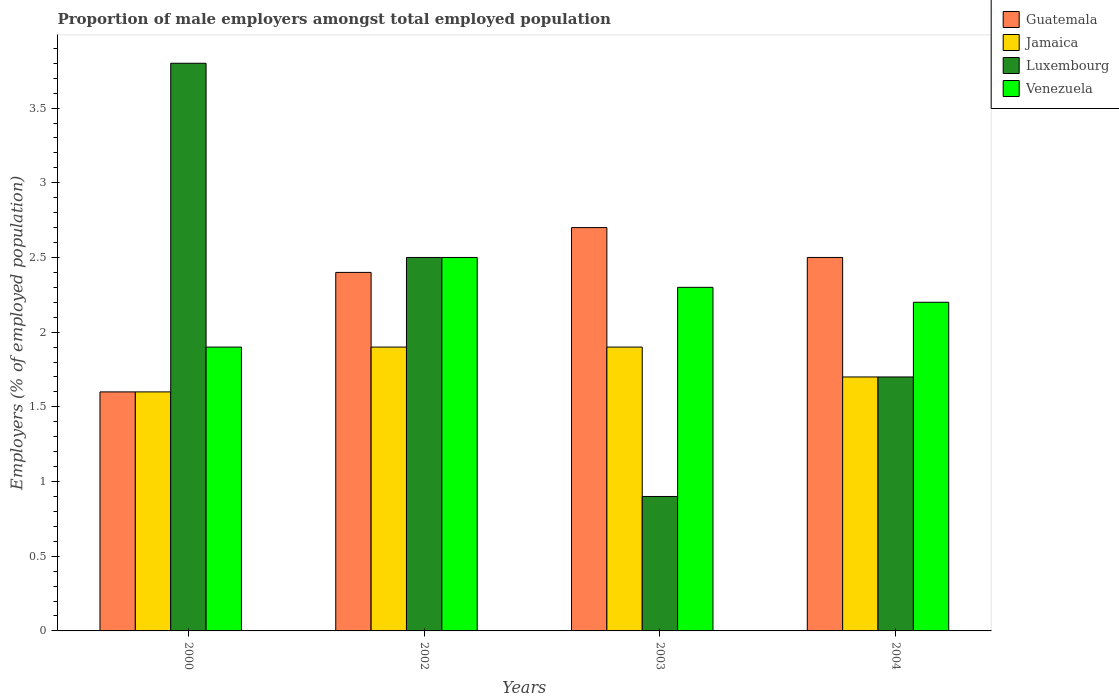
| Years | Guatemala | Jamaica | Luxembourg | Venezuela |
 | --- | --- | --- | --- | --- |
 | 2000 | 1.6 | 1.6 | 3.8 | 1.9 |
 | 2002 | 2.4 | 1.9 | 2.5 | 2.5 |
 | 2003 | 2.7 | 1.9 | 0.9 | 2.3 |
 | 2004 | 2.5 | 1.7 | 1.7 | 2.2 |